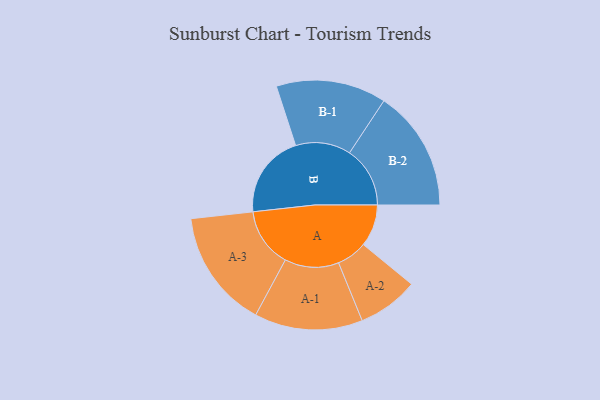
{"axis": {"x": "Segment", "y": "Value"}, "legend": ["", "A", "B"], "data": [{"x": "A", "y": 203, "type": ""}, {"x": "B", "y": 404, "type": ""}, {"x": "A-1", "y": 261, "type": "A"}, {"x": "A-2", "y": 147, "type": "A"}, {"x": "A-3", "y": 286, "type": "A"}, {"x": "B-1", "y": 266, "type": "B"}, {"x": "B-2", "y": 292, "type": "B"}]}